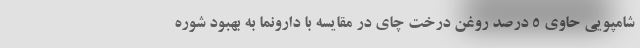
شامپویی حاوی 5 درصد روغن درخت چای در مقایسه با دارونما به بهبود شوره